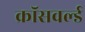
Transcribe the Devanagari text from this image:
क्रॉसवर्ल्ड